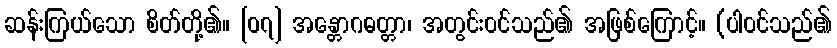
ဆန်းကြယ်သော စိတ်တို့၏။ [၀၇] အန္တောဂဓတ္တာ၊ အတွင်းဝင်သည်၏ အဖြစ်ကြောင့်။ (ပါဝင်သည်၏